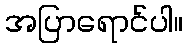
အပြာရောင်ပါ။